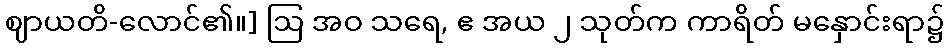
ဈာယတိ-လောင်၏။] ဩ အဝ သရေ, ဧ အယ ၂ သုတ်က ကာရိတ် မနှောင်းရာ၌